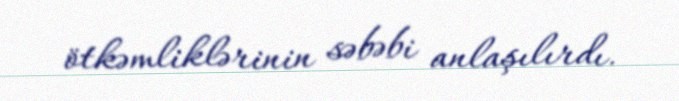
ötkəmliklərinin səbəbi anlaşılırdı.